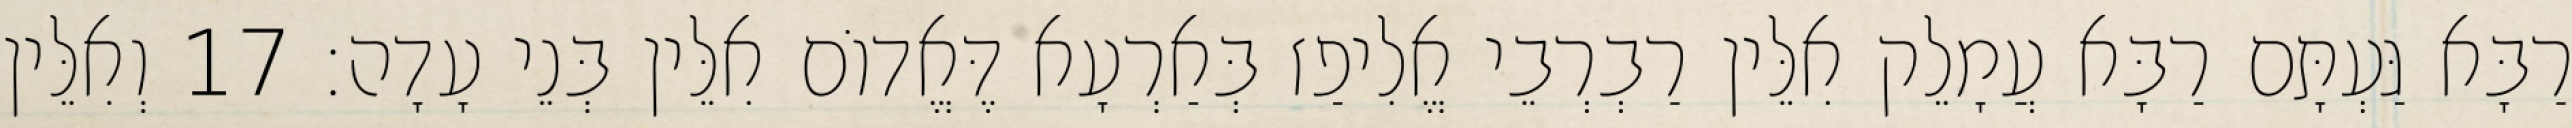
רַבָּא גַּעְתָּם רַבָּא עֲמָלֵק אִלֵּין רַבְרְבֵי אֱלִיפַז בְּאַרְעָא דֶּאֱדוֹם אִלֵּין בְּנֵי עָדָה׃ 17 וְאִלֵּין